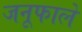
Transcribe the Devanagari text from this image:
जनूफाले